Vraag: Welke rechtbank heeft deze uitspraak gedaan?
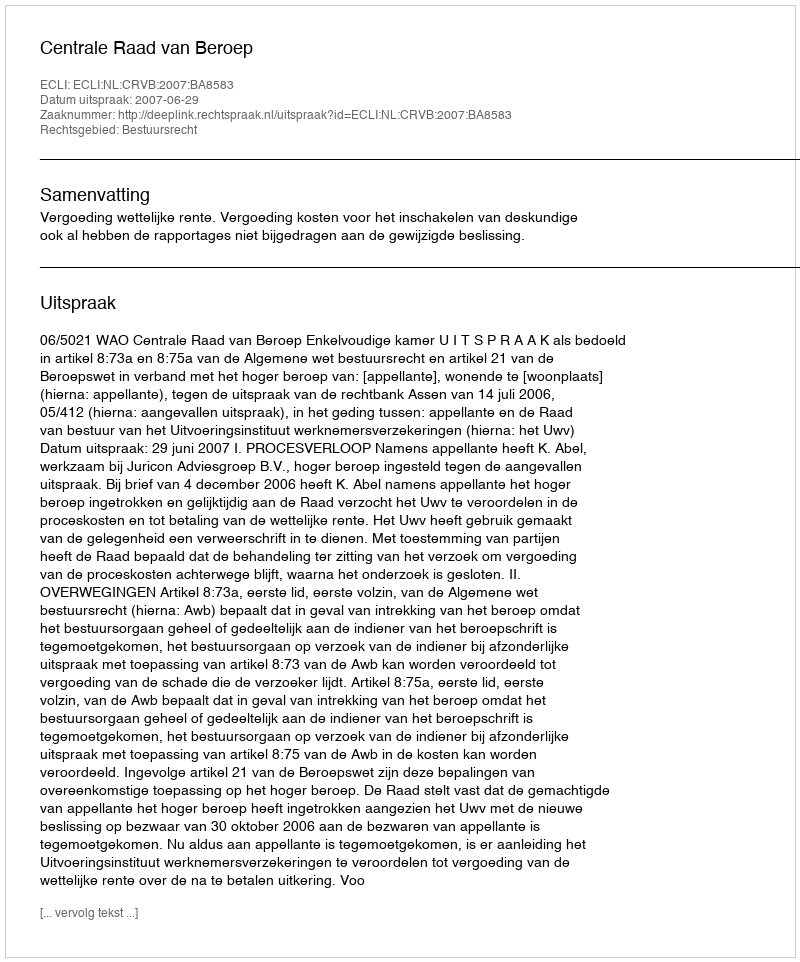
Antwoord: Centrale Raad van Beroep